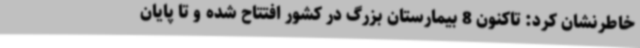
خاطرنشان کرد: تاکنون 8 بیمارستان بزرگ در کشور افتتاح شده و تا پایان